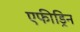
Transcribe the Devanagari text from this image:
एफीड्रिन